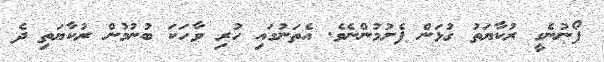
ފޯނުނެގީ ރުކާޔަތު ގުޅަން ފެށުމުންނެވެ. އެތަނުގައި ހުރި ވާހަކަ ބުނުމުން ރުކާޔަތި ދެ